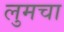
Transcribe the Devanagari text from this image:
लुमचा